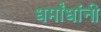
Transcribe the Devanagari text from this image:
धर्मांधांनी